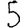
Digit: 5